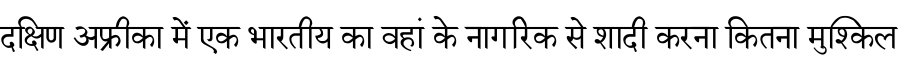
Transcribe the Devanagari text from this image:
दक्षिण अफ्रीका में एक भारतीय का वहां के नागरिक से शादी करना कितना मुश्किल